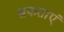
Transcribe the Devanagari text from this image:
सफताएं